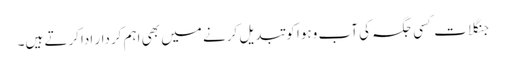
جنگلات کسی جگہ کی آب وہوا کو تبدیل کرنے میں بھی اہم کردار اداکرتے ہیں۔